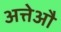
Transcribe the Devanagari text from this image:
अत्तेऔ